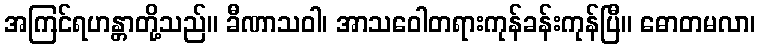
အကြင်ရဟန္တာတို့သည်။ ခီဏာသဝါ၊ အာသဝေါတရားကုန်ခန်းကုန်ပြီ။ ဓောတမလာ၊